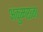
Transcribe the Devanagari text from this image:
अंकुमराजा